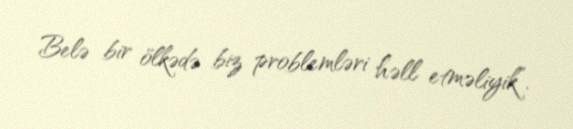
Belə bir ölkədə biz problemləri həll etməliyik”.